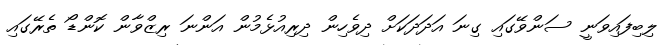
ލިބިފައިވަނީ ސަންވޭގައި ގިނަ އަދަދަކަށް ދިވެހިން ދިރިއުޅެމުން އަންނަ ރިޒްވާން ކޮންޑޯ ތެރޭގައި